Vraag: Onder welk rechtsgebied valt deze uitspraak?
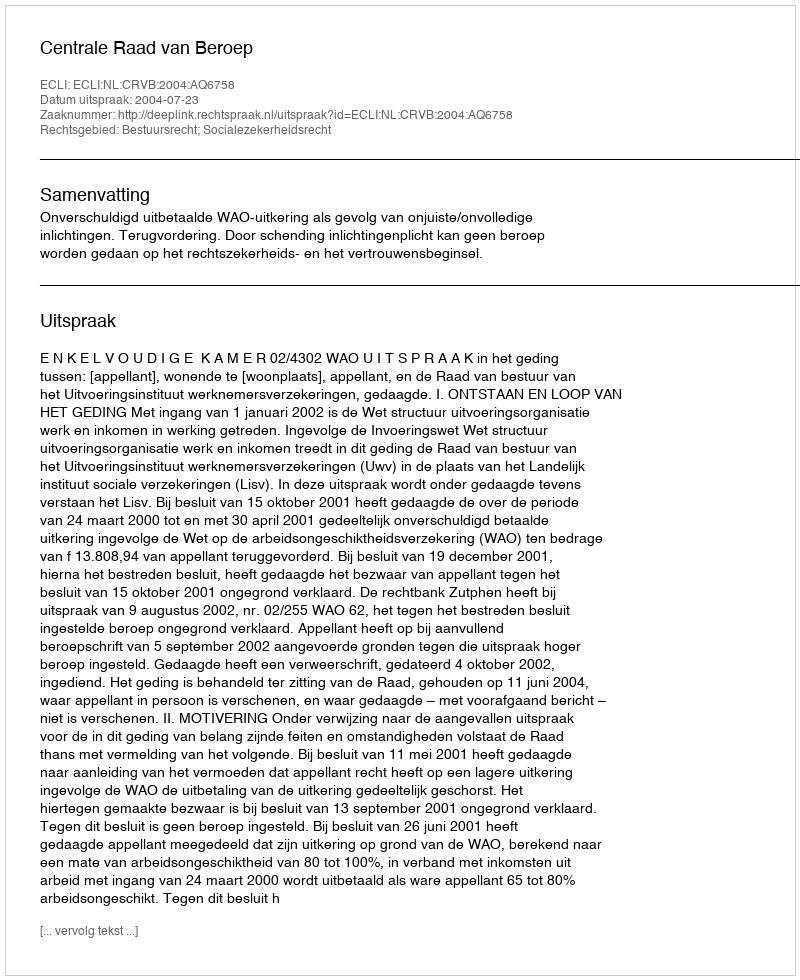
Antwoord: Bestuursrecht; Socialezekerheidsrecht